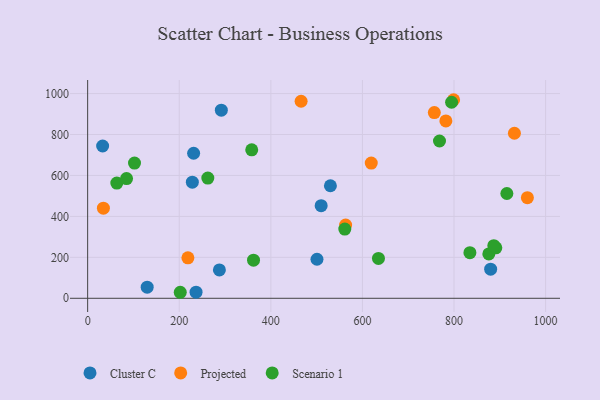
{"axis": {"x": "Experience", "y": "Exam Score"}, "legend": ["Cluster C", "Projected", "Scenario 1"], "data": [{"x": "231.4", "y": 708.4, "type": "Cluster C"}, {"x": "291.9", "y": 918.8, "type": "Cluster C"}, {"x": "236.7", "y": 29.9, "type": "Cluster C"}, {"x": "509.9", "y": 452.3, "type": "Cluster C"}, {"x": "287.7", "y": 138.5, "type": "Cluster C"}, {"x": "530.1", "y": 549.6, "type": "Cluster C"}, {"x": "32.7", "y": 743.9, "type": "Cluster C"}, {"x": "880.0", "y": 142.3, "type": "Cluster C"}, {"x": "228.6", "y": 567.1, "type": "Cluster C"}, {"x": "130.0", "y": 54.1, "type": "Cluster C"}, {"x": "500.8", "y": 190.7, "type": "Cluster C"}, {"x": "466.1", "y": 962.5, "type": "Projected"}, {"x": "34.4", "y": 440.0, "type": "Projected"}, {"x": "931.9", "y": 806.1, "type": "Projected"}, {"x": "218.9", "y": 197.6, "type": "Projected"}, {"x": "799.1", "y": 969.9, "type": "Projected"}, {"x": "757.0", "y": 907.1, "type": "Projected"}, {"x": "563.3", "y": 358.1, "type": "Projected"}, {"x": "619.3", "y": 660.6, "type": "Projected"}, {"x": "960.2", "y": 491.7, "type": "Projected"}, {"x": "782.2", "y": 866.4, "type": "Projected"}, {"x": "63.7", "y": 562.8, "type": "Scenario 1"}, {"x": "876.0", "y": 216.6, "type": "Scenario 1"}, {"x": "561.5", "y": 338.2, "type": "Scenario 1"}, {"x": "262.4", "y": 587.0, "type": "Scenario 1"}, {"x": "891.3", "y": 246.3, "type": "Scenario 1"}, {"x": "84.9", "y": 584.7, "type": "Scenario 1"}, {"x": "202.2", "y": 29.4, "type": "Scenario 1"}, {"x": "635.0", "y": 194.9, "type": "Scenario 1"}, {"x": "915.4", "y": 511.8, "type": "Scenario 1"}, {"x": "362.2", "y": 186.3, "type": "Scenario 1"}, {"x": "358.3", "y": 725.0, "type": "Scenario 1"}, {"x": "886.9", "y": 256.8, "type": "Scenario 1"}, {"x": "834.7", "y": 223.0, "type": "Scenario 1"}, {"x": "794.7", "y": 957.6, "type": "Scenario 1"}, {"x": "102.3", "y": 660.7, "type": "Scenario 1"}, {"x": "768.3", "y": 768.2, "type": "Scenario 1"}]}